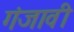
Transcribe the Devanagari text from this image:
गंजावी